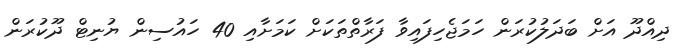
ދިއްދޫ އަށް ބަދަލުކުރަން ހަމަޖެހިފައިވާ ފަރާތްތަކަށް ކަމަށާއި 40 ހައުސިން ޔުނިޓް ދޫކުރަން